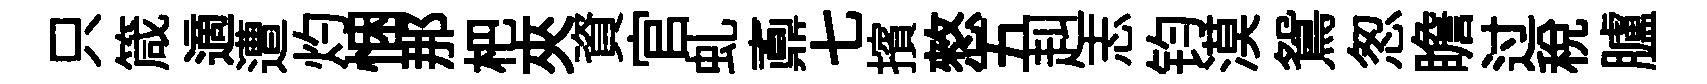
只箴適遭灼悃那杷夾資官虬鼒七擯憗五赳志钧漠鴛怱瞻过税臚